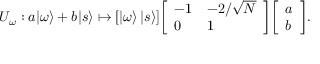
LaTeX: U _ { \omega } : a | \omega \rangle + b | s \rangle \mapsto [ | \omega \rangle \, | s \rangle ] { \left[ \begin{array} { l l } { - 1 } & { - 2 / { \sqrt { N } } } \\ { 0 } & { 1 } \end{array} \right] } { \left[ \begin{array} { l } { a } \\ { b } \end{array} \right] } .